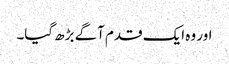
اور وہ ایک قدم آگے بڑھ گیا۔